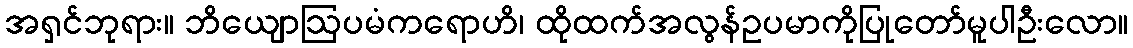
အရှင်ဘုရား။ ဘိယျောဩပမံကရောဟိ၊ ထိုထက်အလွန်ဥပမာကိုပြုတော်မူပါဦးလော။